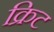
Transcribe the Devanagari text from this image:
क्रिट